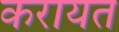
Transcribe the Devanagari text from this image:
करायत